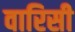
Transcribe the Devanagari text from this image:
वारिसी